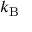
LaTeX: k _ { \mathrm { B } }